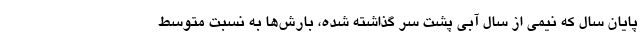
پایان سال که نیمی از سال آبی پشت سر گذاشته شده، بارش‌ها به نسبت متوسط